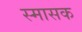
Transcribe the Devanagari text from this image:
स्मासक